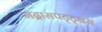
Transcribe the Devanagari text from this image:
मद्रासपट्ट्नम